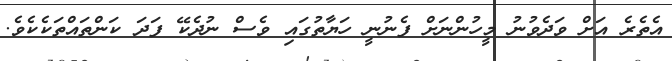
އެތެރެ އަށް ވަދެވުނު މީހުންނަށް ފެނުނީ ހަޔާތުގައި ވެސް ނުދެކޭ ފަދަ ކަންތައްތަކެކެވެ.